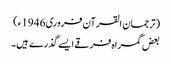
(ترجمان القرآن فروری 1946ء)
بعض گمراہ فرقے ایسے گذرے ہیں۔